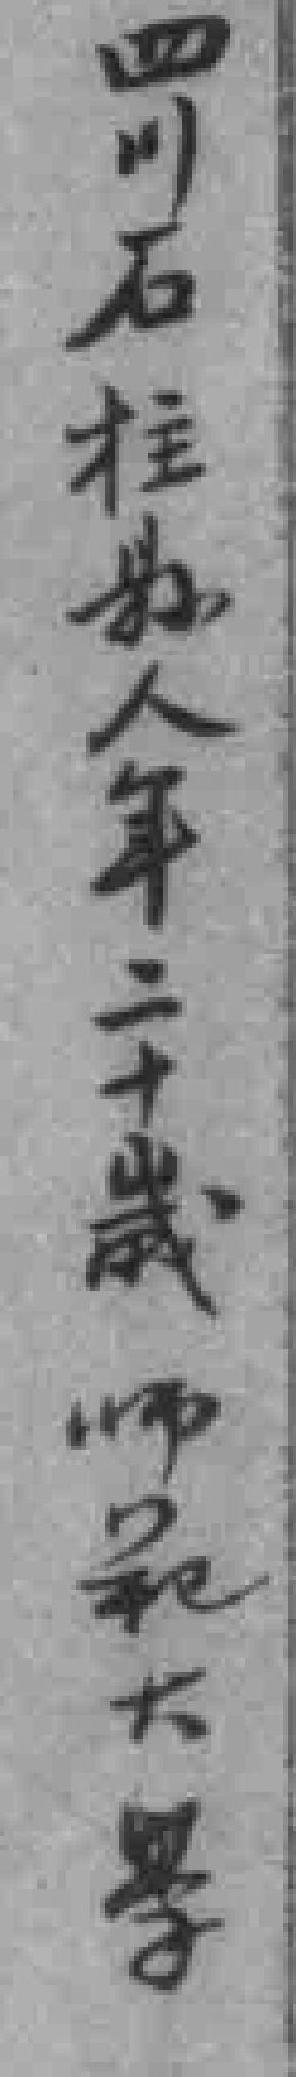
四川石柱縣人年二十歲 師範大學